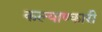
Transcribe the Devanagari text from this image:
कल्याण्कारी